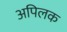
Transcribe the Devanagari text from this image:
अपिलक